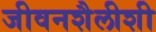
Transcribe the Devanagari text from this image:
जीवनशैलीशी